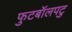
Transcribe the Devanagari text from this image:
फुटबॉलपटु